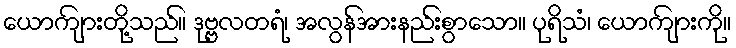
ယောကျ်ားတို့သည်။ ဒုဗ္ဗလတရံ၊ အလွန်အားနည်းစွာသော။ ပုရိသံ၊ ယောကျ်ားကို။